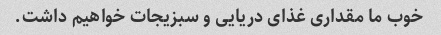
خوب ما مقداری غذای دریایی و سبزیجات خواهیم داشت.